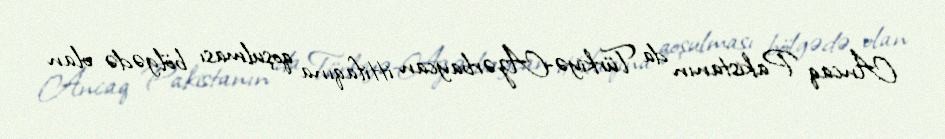
Ancaq Pakistanın da Türkiyə-Azərbaycan ittifaqına qoşulması bölgədə olan